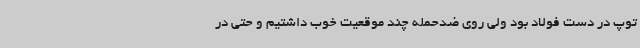
توپ در دست فولاد بود ولی روی ضدحمله چند موقعیت خوب داشتیم و حتی در